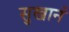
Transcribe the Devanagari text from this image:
सुखानं